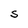
Character: S